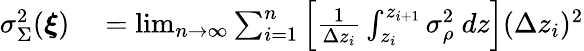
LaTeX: \begin{array}{rl}{\sigma_{\Sigma}^{2}(\boldsymbol{\xi})}&{{}=\operatorname*{lim}_{n\to\infty}\sum_{i=1}^{n}\Big[\frac{1}{\Delta z_{i}}\int_{z_{i}}^{z_{i+1}}\sigma_{\rho}^{2}\ dz\Big](\Delta z_{i})^{2}}\end{array}